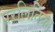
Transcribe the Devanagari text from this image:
परलितिका